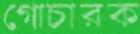
গোচারক